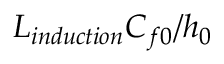
L _ { i n d u c t i o n } C _ { f 0 } / h _ { 0 }